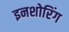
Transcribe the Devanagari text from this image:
इनशोरिंग